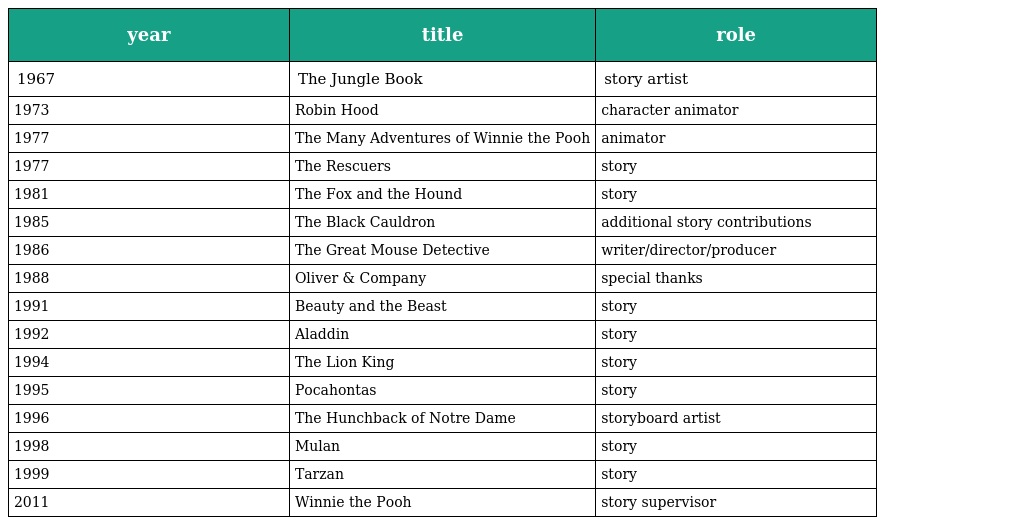
| year | title | role |
 | --- | --- | --- |
 | 1967 | The Jungle Book | story artist |
 | 1973 | Robin Hood | character animator |
 | 1977 | The Many Adventures of Winnie the Pooh | animator |
 | 1977 | The Rescuers | story |
 | 1981 | The Fox and the Hound | story |
 | 1985 | The Black Cauldron | additional story contributions |
 | 1986 | The Great Mouse Detective | writer/director/producer |
 | 1988 | Oliver & Company | special thanks |
 | 1991 | Beauty and the Beast | story |
 | 1992 | Aladdin | story |
 | 1994 | The Lion King | story |
 | 1995 | Pocahontas | story |
 | 1996 | The Hunchback of Notre Dame | storyboard artist |
 | 1998 | Mulan | story |
 | 1999 | Tarzan | story |
 | 2011 | Winnie the Pooh | story supervisor |